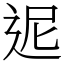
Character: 迡